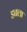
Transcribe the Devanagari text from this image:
डबला